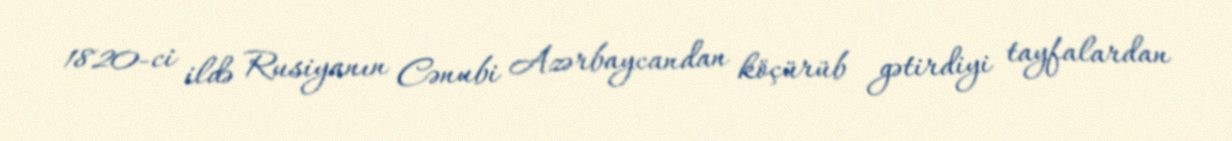
1820-ci ildə Rusiyanın Cənubi Azərbaycandan köçürüb gətirdiyi tayfalardan